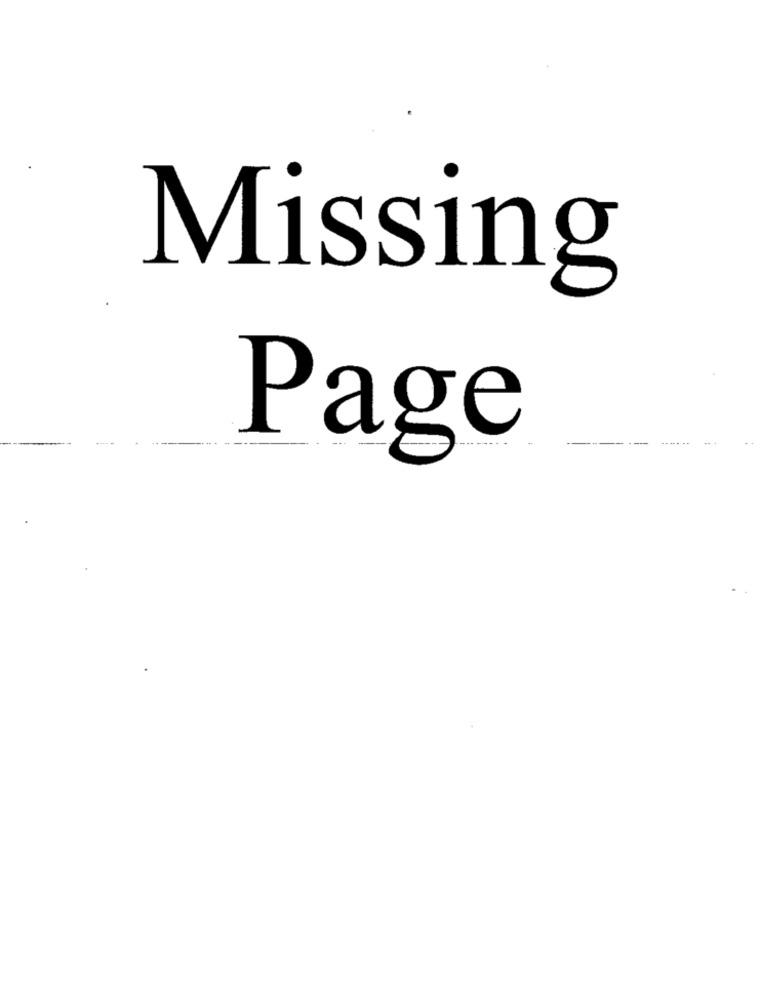
Missing
Page